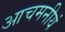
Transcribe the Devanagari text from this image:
आचमनीयं